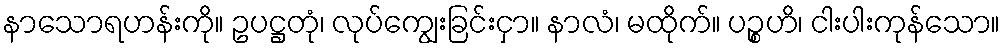
နာသောရဟန်းကို။ ဥပဋ္ဌတုံ၊ လုပ်ကျွေးခြင်းငှာ။ နာလံ၊ မထိုက်။ ပဉ္စဟိ၊ ငါးပါးကုန်သော။